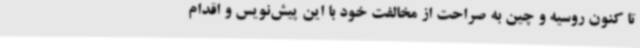
تا کنون روسیه و چین به صراحت از مخالفت خود با این پیش‌نویس و اقدام